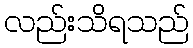
လည်းသိရသည်